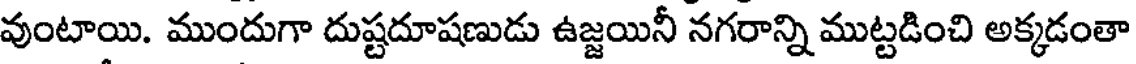
వుంటాయి. ముందుగా దుష్టదూషణుడు ఉజ్జయినీ నగరాన్ని ముట్టడించి అక్కడంతా